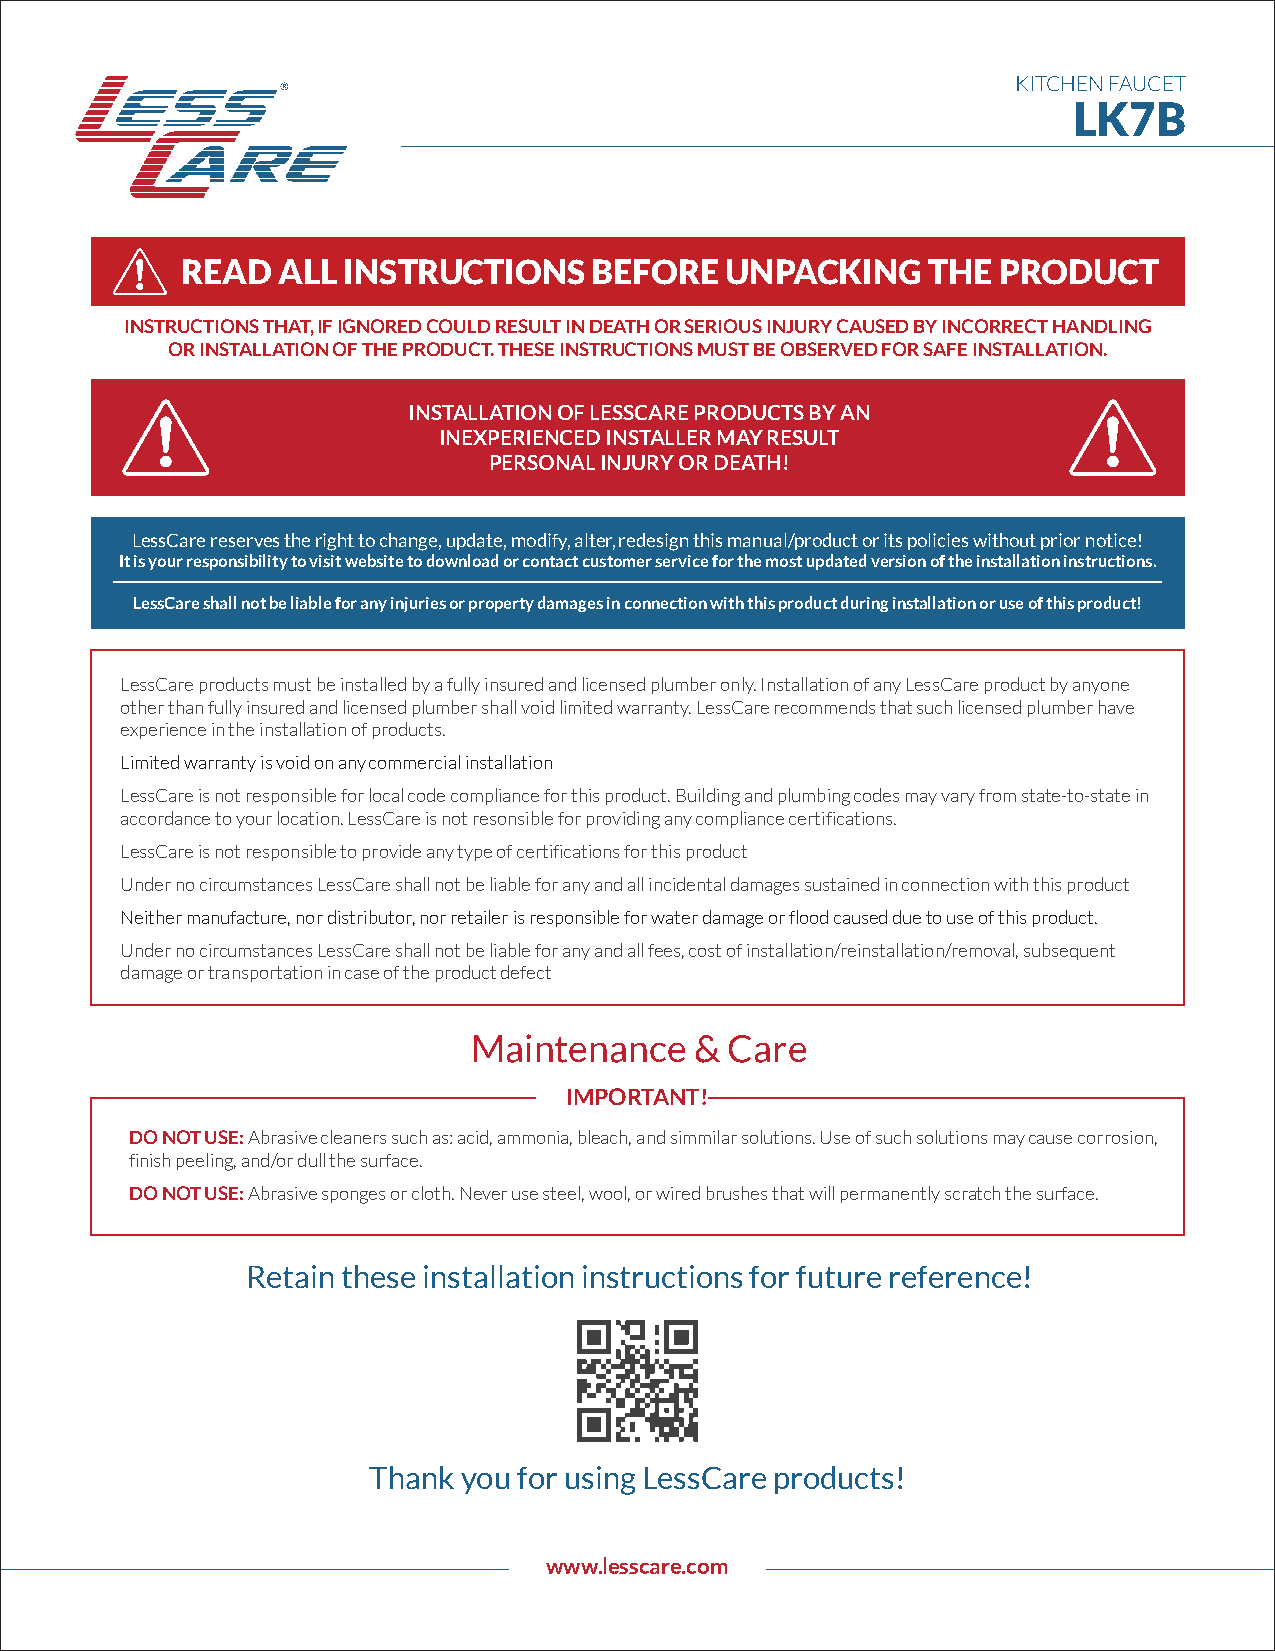
KITCHEN FAUCET
 LK7B
 READ  ALL  INSTRUCTIONS    BEFORE   UNPACKING    THE  PRODUCT
 INSTRUCTIONS THAT, IF IGNORED COULD RESULT IN DEATH OR SERIOUS INJURY CAUSED BY INCORRECT HANDLING
 OR INSTALLATION OF THE PRODUCT. THESE INSTRUCTIONS MUST BE OBSERVED FOR SAFE INSTALLATION.
 INSTALLATION OF LESSCARE PRODUCTS BY AN
 INEXPERIENCED INSTALLER MAY RESULT
 PERSONAL INJURY OR DEATH!
 LessCare reserves the right to change, update, modify, alter, redesign this manual/product or its policies without prior notice!
 It is your responsibility to visit website to download or contact customer service for the most updated version of the installation instructions.
 LessCare shall not be liable for any injuries or property damages in connection with this product during installation or use of this product!
 LessCare products must be installed by a fully insured and licensed plumber only. Installation of any LessCare product by anyone
 other than fully insured and licensed plumber shall void limited warranty. LessCare recommends that such licensed plumber have
 experience in the installation of products.
 Limited warranty is void on any commercial installation
 LessCare is not responsible for local code compliance for this product. Building and plumbing codes may vary from state-to-state in
 accordance to your location. LessCare is not resonsible for providing any compliance certifications.
 LessCare is not responsible to provide any type of certifications for this product
 Under no circumstances LessCare shall not be liable for any and all incidental damages sustained in connection with this product
 Neither manufacture, nor distributor, nor retailer is responsible for water damage or flood caused due to use of this product.
 Under no circumstances LessCare shall not be liable for any and all fees, cost of installation/reinstallation/removal, subsequent
 damage or transportation in case of the product defect
 Maintenance    & Care
 IMPORTANT!
 DO NOT USE: Abrasive cleaners such as: acid, ammonia, bleach, and simmilar solutions. Use of such solutions may cause corrosion,
 finish peeling, and/or dull the surface.
 DO NOT USE: Abrasive sponges or cloth. Never use steel, wool, or wired brushes that will permanently scratch the surface.
 Retain these installation instructions for future reference!
 Thank  you for using LessCare products!
 www.lesscare.com